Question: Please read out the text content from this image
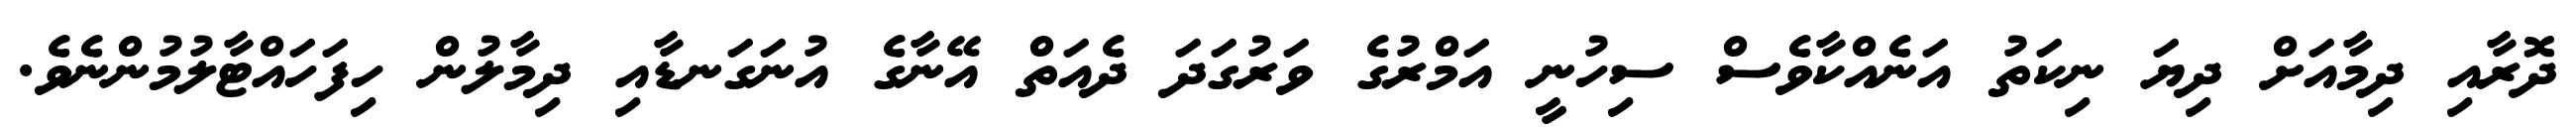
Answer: ދޮރާއި ދިމާއަށް ދިޔަ ނިކަތު އަނެއްކާވެސް ސިހުނީ އަމްރުގެ ވަރުގަދަ ދެއަތް އޭނާގެ އުނަގަނޑާއި ދިމާލުން ހިފަހައްޓާލުމުންނެވެ.